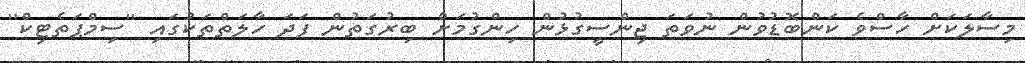
މިސާލަކަށް ހާސްވެ ކަންބޮޑުވުން ނުވަތަ ޖިންސީގުޅުން ހިންގުމަށް ބިރުގަތުން ފަދަ ހާލަތްތަކުގައި ''ސިމްޕަތެޓިކް''